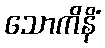
သောကိနိံ